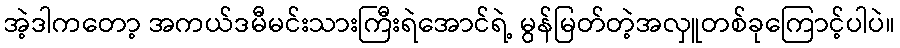
အဲ့ဒါကတော့ အကယ်ဒမီမင်းသားကြီးရဲအောင်ရဲ့ မွန်မြတ်တဲ့အလှူတစ်ခုကြောင့်ပါပဲ။